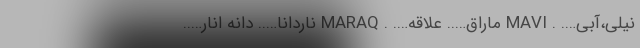
نیلی،آبی…. . MAVI ماراق….. علاقه…. . MARAQ ناردانا….. دانه انار…..